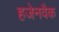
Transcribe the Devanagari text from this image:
हजेनवैक